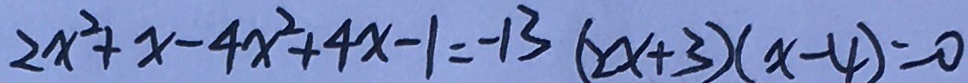
2 x ^ { 2 } + x - 4 x ^ { 2 } + 4 x - 1 = - 1 3 ( 2 x + 3 ) ( x - 4 ) = 0